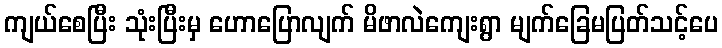
ကျယ်စေပြီး သုံးပြီးမှ ဟောပြောလျက် မိဖာလဲကျေးရွာ မျက်ခြေမပြတ်သင့်ပေ